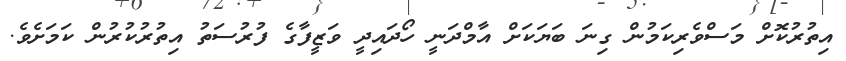
އިތުރުކޮށް މަސްވެރިކަމުން ގިނަ ބަޔަކަށް އާމްދަނީ ހޯދައިދީ ވަޒީފާގެ ފުރުސަތު އިތުރުކުރުން ކަމަށެވެ.